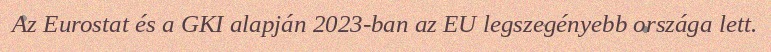
Az Eurostat és a GKI alapján 2023-ban az EU legszegényebb országa lett.